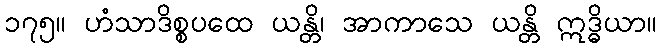
၁၇၅။ ဟံသာဒိစ္စပထေ ယန္တိ၊ အာကာသေ ယန္တိ ဣဒ္ဓိယာ။